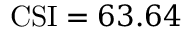
\mathrm { C S I } = 6 3 . 6 4 \